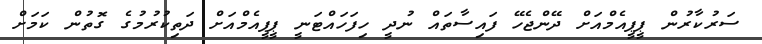
ސަރުކާރުން ޕީޕީއެމްއަށް ދޭންޖެހޭ ފައިސާތައް ނުދީ ހިފަހައްޓަނީ ޕީޕީއެމްއަށް ދަތިކުރުމުގެ ގޮތުން ކަމަށް